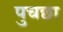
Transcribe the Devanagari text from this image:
पुचछा